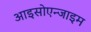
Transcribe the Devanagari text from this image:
आइसोएन्जाइम